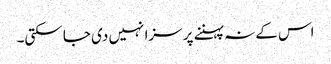
اس کے نہ پہننے پر سزا نہیں دی جا سکتی۔